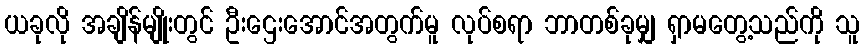
ယခုလို အချိန်မျိုးတွင် ဦးဌေးအောင်အတွက်မူ လုပ်စရာ ဘာတစ်ခုမျှ ရှာမတွေ့သည်ကို သူ